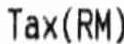
TAX(RM)